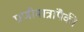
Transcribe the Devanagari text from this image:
प्राणीमात्रांपैकी